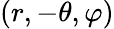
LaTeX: (r,-\theta,\varphi)